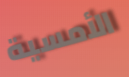
الأمسية